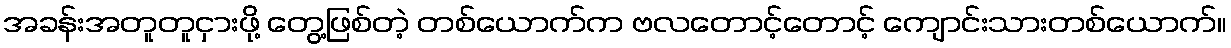
အခန်းအတူတူငှားဖို့ တွေ့ဖြစ်တဲ့ တစ်ယောက်က ဗလတောင့်တောင့် ကျောင်းသားတစ်ယောက်။